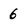
Character: 6